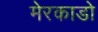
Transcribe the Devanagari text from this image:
मेरकाडो